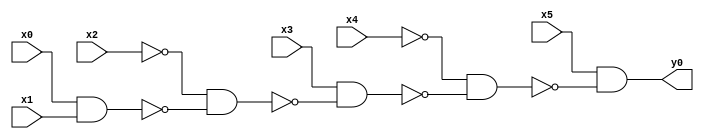
module top( x0 , x1 , x2 , x3 , x4 , x5 , y0 );
  input x0 , x1 , x2 , x3 , x4 , x5 ;
  output y0 ;
  wire n7 , n8 , n9 , n10 , n11 ;
  assign n7 = x0 & x1 ;
  assign n8 = ~x2 & ~n7 ;
  assign n9 = x3 & ~n8 ;
  assign n10 = ~x4 & ~n9 ;
  assign n11 = x5 & ~n10 ;
  assign y0 = n11 ;
endmodule